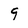
Character: 9